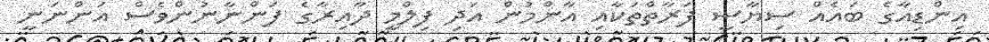
އިންޑިއާގެ ބައެއް ސިޔާސީ ފަރާތްތަކާއި އާންމުން އަދި ފިލްމީ ދާއިރާގެ ފަންނާނުންވެސް އަންނަނީ